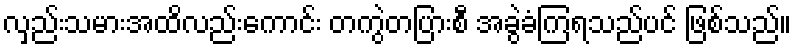
လှည်းသမားအထိလည်းကောင်း တကွဲတပြားစီ အခွဲခံကြရသည်ပင် ဖြစ်သည်။